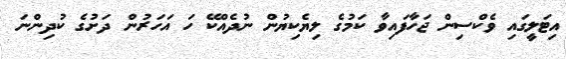
އިޓަލީގައި ވެކްސިން ޖަހާފައިވާ ކަމުގެ ލިޔެކިޔުން ނުދެއްކޭ ހަ އަހަރުން ދަށުގެ ކުދިންނަ